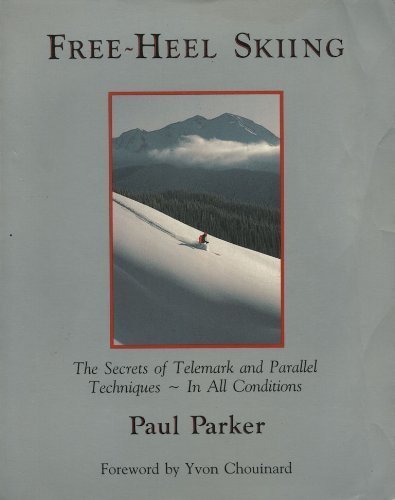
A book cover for Free-heel Skiing: Secrets of Telemark; Paul Parker; Sports & Outdoors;